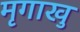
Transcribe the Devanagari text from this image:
मृगाखु